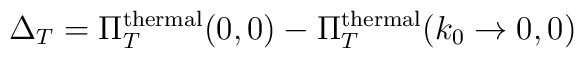
\Delta_{T} = \Pi_{T}^{\rm thermal} (0, 0) -\Pi_{T}^{\rm thermal} (k_{0}\rightarrow 0, 0)